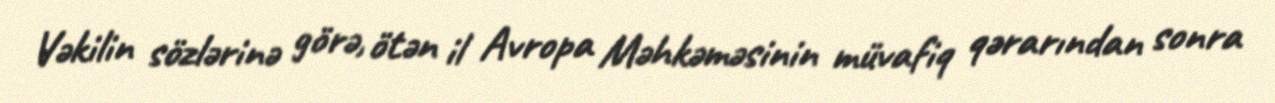
Vəkilin sözlərinə görə, ötən il Avropa Məhkəməsinin müvafiq qərarından sonra